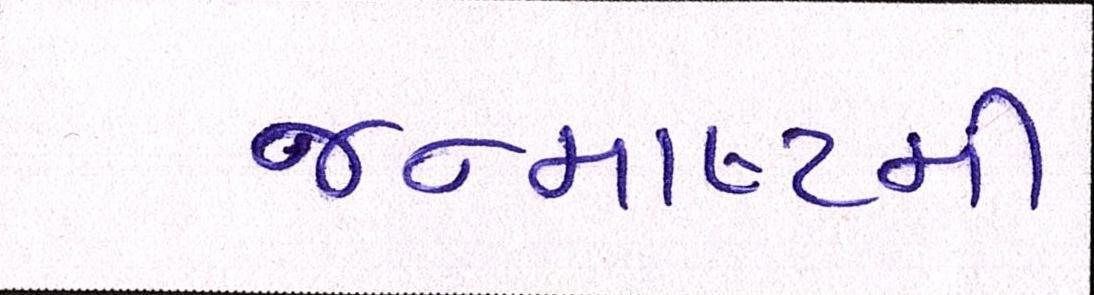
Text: જન્માષ્ટમી